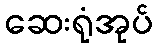
ဆေးရုံအုပ်